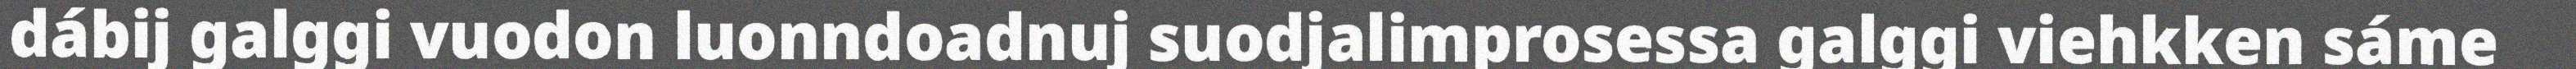
dábij galggi vuodon luonndoadnuj suodjalimprosessa galggi viehkken sáme